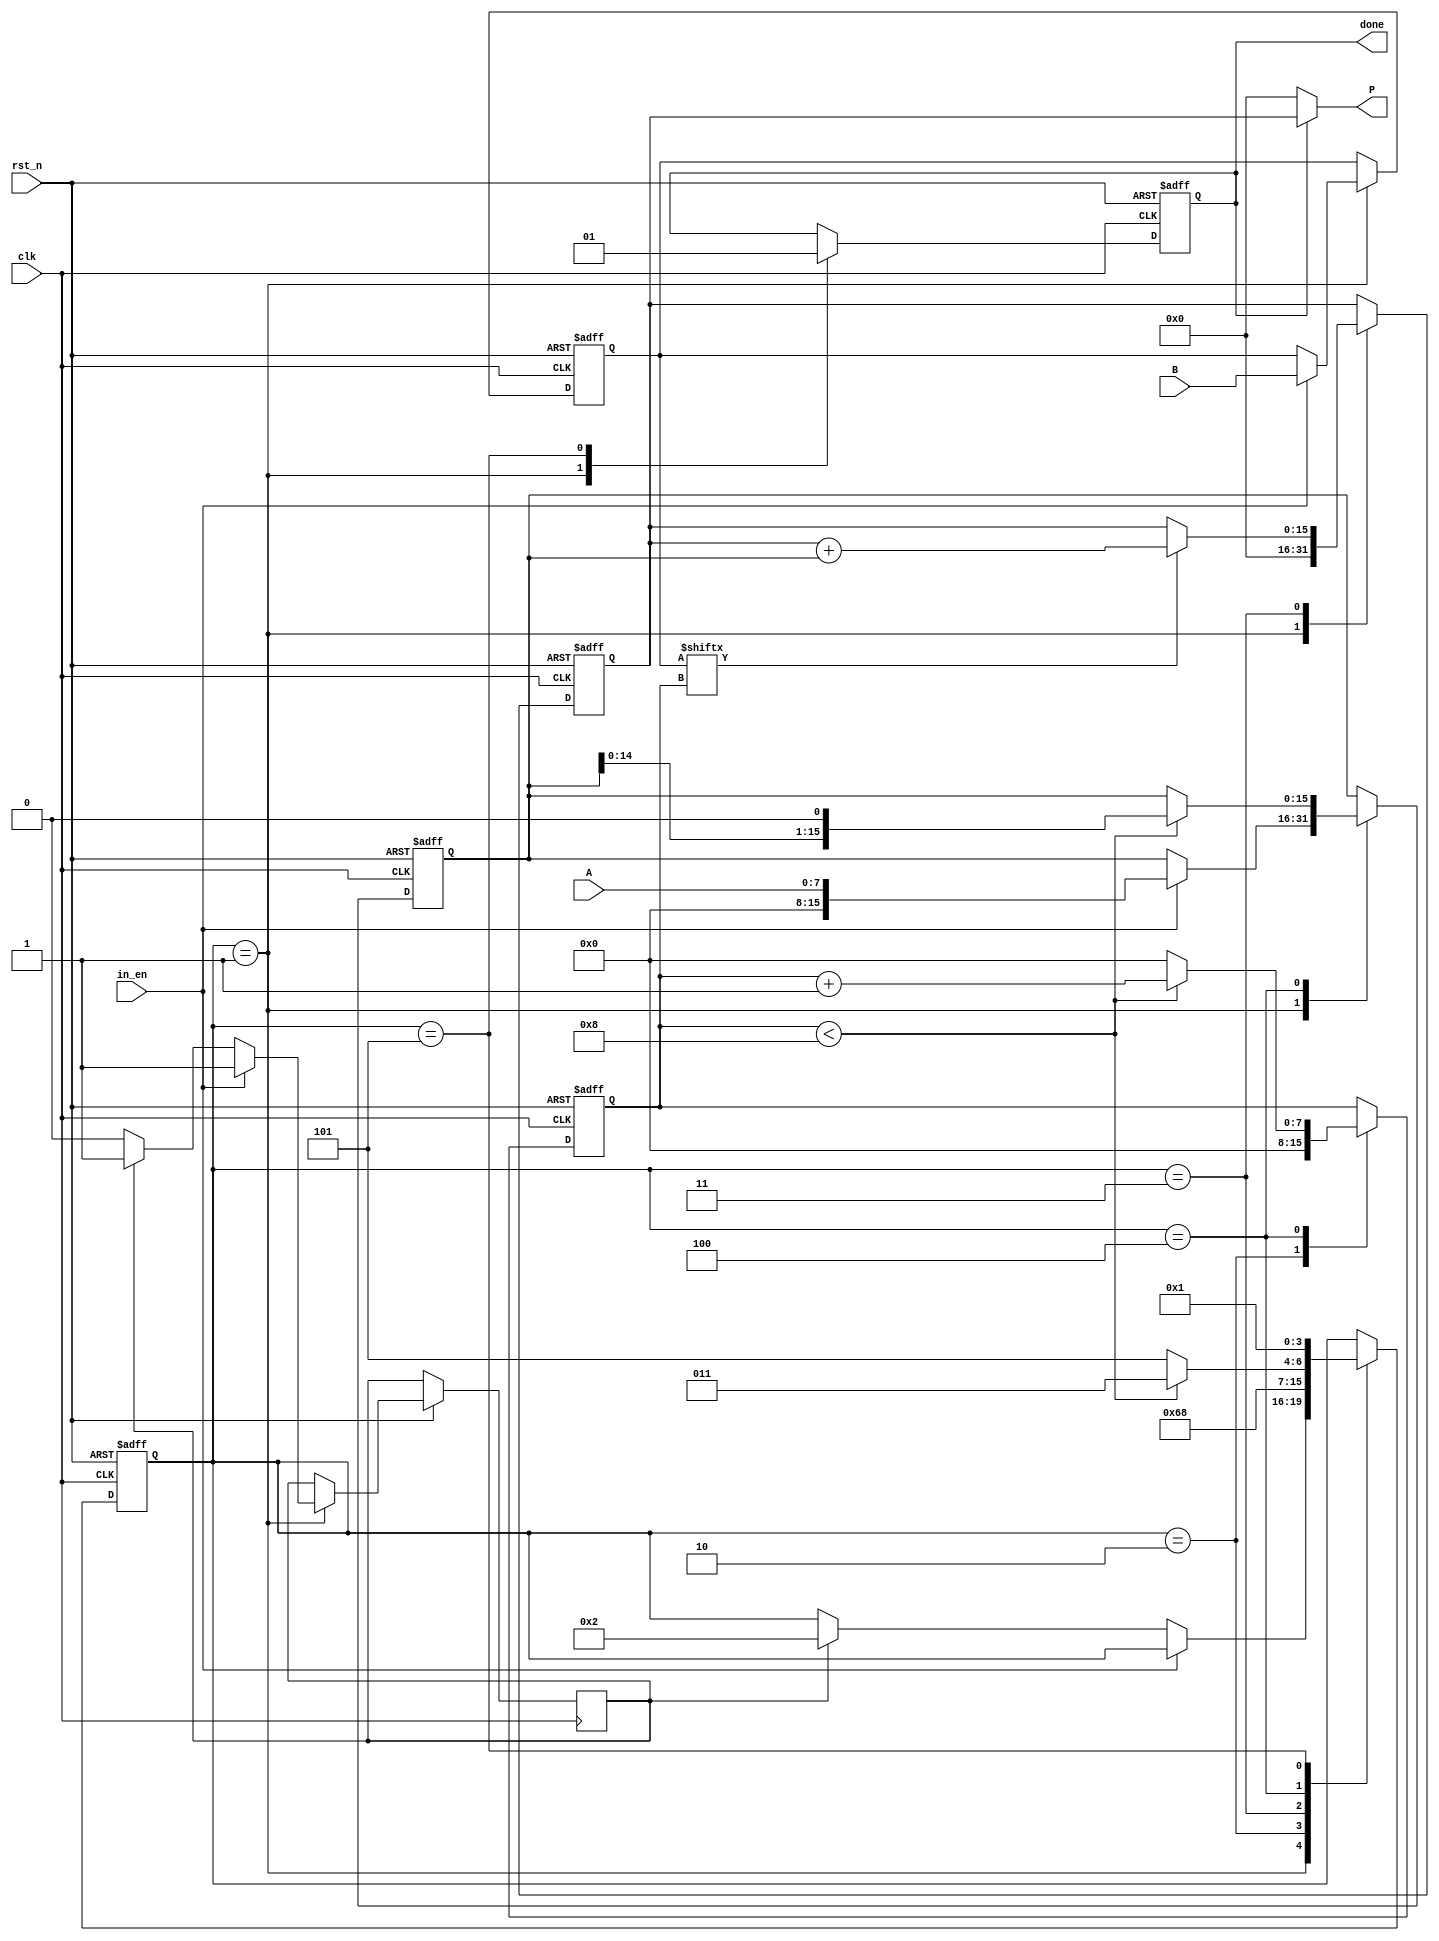
/*
**** 
****		 
**** 
----------------------
	P = 0;
	for i = 0 to n-1 do 
		if bi = 1 then
			P = P + A;
		end if;
		left-shift A;
	end for; 
----------------------------------
*A BNA*B = P,P K 
*A  B 
* K = 2N
* [N-1 : 0] A
* [N-1 : 0] B
* [K-1 : 0] P
*/
module multiply
#(	
	parameter N = 8,
	parameter K = 16
)
(
	
	input clk,
	input rst_n,
	input in_en,
	input  [N-1:0] A,
	input  [N-1:0] B,
	output reg done,
	output  [K-1:0] P

);

parameter s0 = 4'd0;
parameter s1 = 4'd1;
parameter s2 = 4'd2;
parameter s3 = 4'd3;
parameter s4 = 4'd4;
parameter s5 = 4'd5;
parameter s6 = 4'd6;
parameter s7 = 4'd7;
parameter s8 = 4'd8;

reg [3:0]state;

reg [N-1:0] B_r;

reg [N-1:0] b_cnt;
reg [K-1:0] A_r;
reg [K-1:0] P_r;


reg s; //A_r
always @(posedge clk or negedge rst_n) begin
	if(!rst_n) begin
		A_r <= 0;
		B_r <= 0;
		P_r <= 0;
		b_cnt <= 0;
		done <=0;
		state <= s1;
		
	end 
	else  begin 
		case(state) 
			s1: begin
					P_r <= 0;
					done <=0;
					if(in_en ==1) begin
						A_r <= A;
						B_r <= B;
						s <= 1;
					end 
					else if(s == 1) begin
						state <= s2;
					end 
					else begin
						s <= 0;
					end 								
			end 
			s2: begin
					
					b_cnt <= 0;
					A_r <= { 8'b0, A_r};
					state <= s3;
					
			end 
			s3: begin 
					if(B_r[b_cnt] == 1) begin
						P_r <= P_r  + A_r;	
					end 
					else begin
						P_r <= P_r ;
					end
					state <= s4;
			end 
			s4: begin			
					if(b_cnt < N) begin
						A_r <= (A_r << 1);
						b_cnt <= b_cnt + 1; 
						state <= s3;
					end 
					else begin
						b_cnt <= 0;
						state <= s5;
					end 
					
				end 
			s5: begin
					done <= 1;
					state <= s1;
			
			end 
			
		endcase
	end 
end 
assign P = (done == 1) ? P_r : 0;
 
 
endmodule